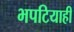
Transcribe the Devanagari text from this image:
भपटियाही